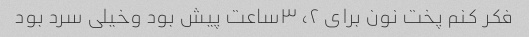
فکر کنم پخت نون برای ٢، ٣ساعت پیش بود وخیلی سرد بود